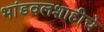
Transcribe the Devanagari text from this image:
भांडवलशाहीचे